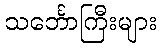
သင်္ဘောကြီးများ